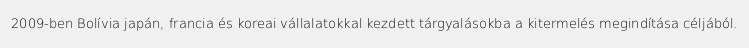
2009-ben Bolívia japán, francia és koreai vállalatokkal kezdett tárgyalásokba a kitermelés megindítása céljából.